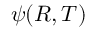
\psi ( R , T )